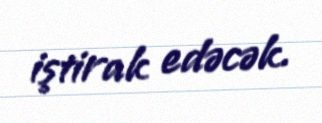
iştirak edəcək.